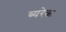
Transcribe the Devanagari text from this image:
ब्यरेक